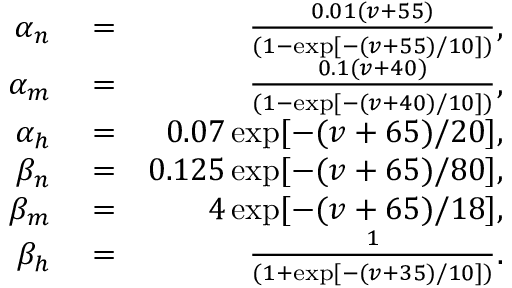
\begin{array} { r l r } { \alpha _ { n } } & { { } = } & { \frac { 0 . 0 1 ( v + 5 5 ) } { ( 1 - \exp [ - ( v + 5 5 ) / 1 0 ] ) } , } \\ { \alpha _ { m } } & { { } = } & { \frac { 0 . 1 ( v + 4 0 ) } { ( 1 - \exp [ - ( v + 4 0 ) / 1 0 ] ) } , } \\ { \alpha _ { h } } & { { } = } & { 0 . 0 7 \exp [ - ( v + 6 5 ) / 2 0 ] , } \\ { \beta _ { n } } & { { } = } & { 0 . 1 2 5 \exp [ - ( v + 6 5 ) / 8 0 ] , } \\ { \beta _ { m } } & { { } = } & { 4 \exp [ - ( v + 6 5 ) / 1 8 ] , } \\ { \beta _ { h } } & { { } = } & { \frac { 1 } { ( 1 + \exp [ - ( v + 3 5 ) / 1 0 ] ) } . } \end{array}